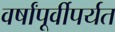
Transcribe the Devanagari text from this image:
वर्षांपूर्वीपर्यत